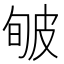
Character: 𤿟